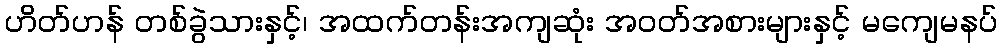
ဟိတ်ဟန် တစ်ခွဲသားနှင့်၊ အထက်တန်းအကျဆုံး အဝတ်အစားများနှင့် မကျေမနပ်